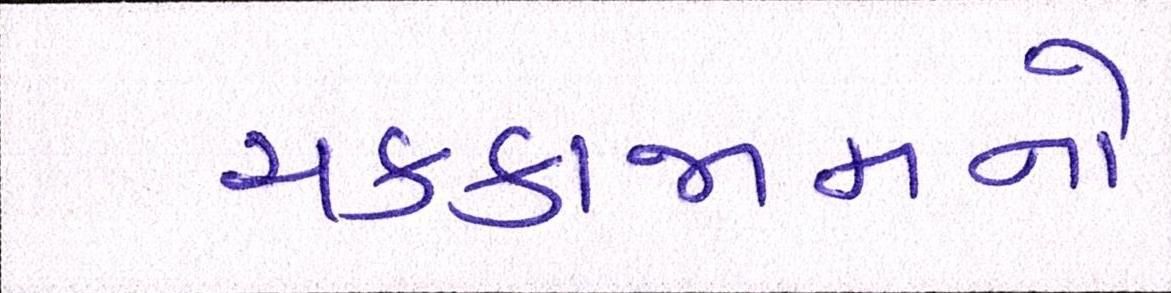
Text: ચક્કાજામનો